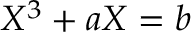
X ^ { 3 } + a X = b